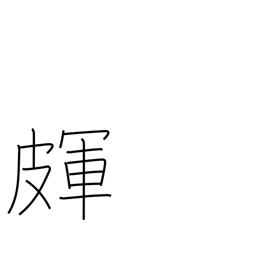
Meaning: skin cracks or roughness